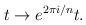
LaTeX: \begin{align*}t \rightarrow e^{2 \pi i/n}t.\end{align*}